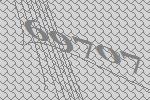
69707